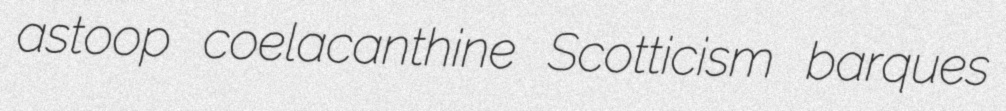
astoop coelacanthine Scotticism barques